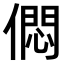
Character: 𠎒